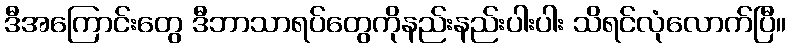
ဒီအကြောင်းတွေ ဒီဘာသာရပ်တွေကိုနည်းနည်းပါးပါး သိရင်လုံလောက်ပြီ။